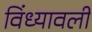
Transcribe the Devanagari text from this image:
विंध्यावली